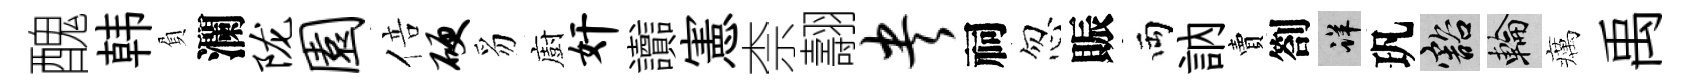
醜韩負瀾陇园倍硬豸廚奸讟憲柰翿央祠忽賑両訥賣劄详㺬豁輪癘禹